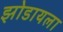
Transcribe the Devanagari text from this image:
झोडायला